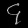
Digit: ၄